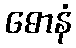
ဓောနံ